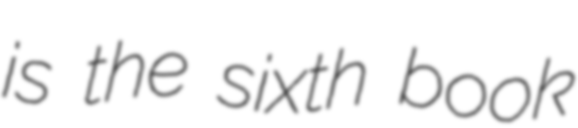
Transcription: is the sixth book